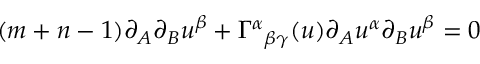
( m + n - 1 ) \partial _ { A } \partial _ { B } u ^ { \beta } + \Gamma ^ { \alpha } { } _ { \beta \gamma } ( u ) \partial _ { A } u ^ { \alpha } \partial _ { B } u ^ { \beta } = 0